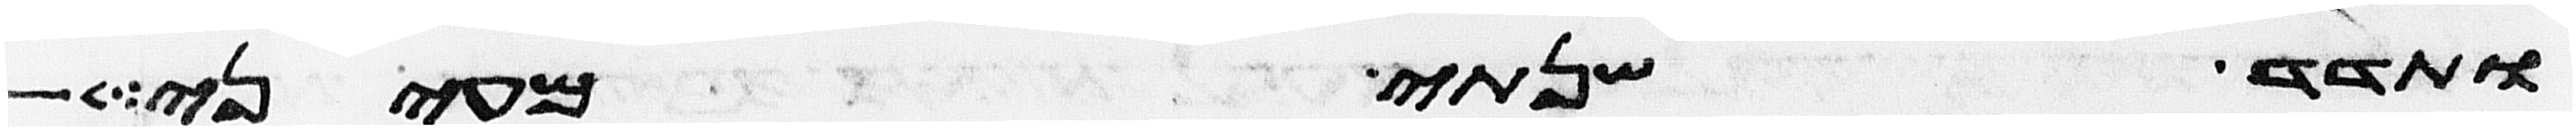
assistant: ותדד שנתי מעיני